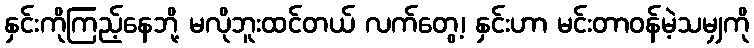
နှင်းကိုကြည့်နေဘို့ မလိုဘူးထင်တယ် လက်တွေ့၊ နှင်းဟာ မင်းတာဝန်မဲ့သမျှကို